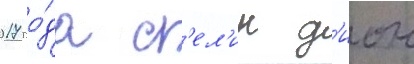
2017 го́да с'ел'ин д'ион